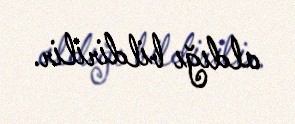
aldığı bildirilir.